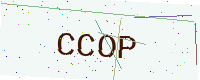
Text: CCOP